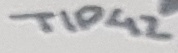
Text: TIP42